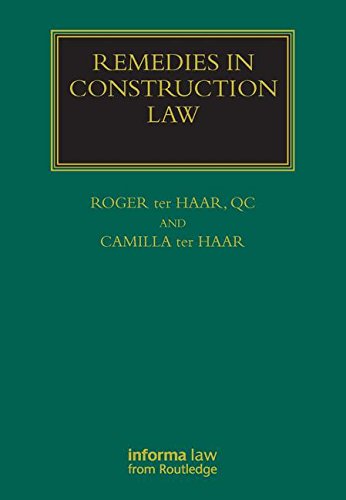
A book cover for Remedies in Construction Law (Construction Practice Series); Roger ter Haar; Law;